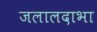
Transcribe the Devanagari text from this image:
जलालदाभा